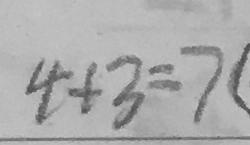
4 + 3 = 7